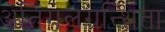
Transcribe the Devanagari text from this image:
अतिगलग्रन्थिता